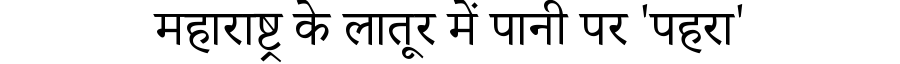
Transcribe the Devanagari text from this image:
महाराष्ट्र के लातूर में पानी पर 'पहरा'